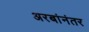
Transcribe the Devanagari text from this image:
अरबांनंतर